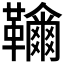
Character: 𩍲